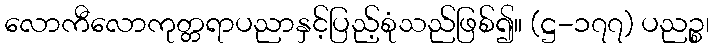
လောကီလောကုတ္တရာပညာနှင့်ပြည့်စုံသည်ဖြစ်၍။ (ဋ္ဌ-၁၇၇) ပညဉ္စ၊